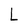
Character: L